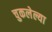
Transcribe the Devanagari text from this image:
चुकलेल्या